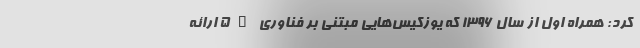
کرد: همراه اول از سال 1396 که یوزکیس‌هایی مبتنی بر فناوری 5G ارائه